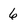
Character: 6